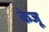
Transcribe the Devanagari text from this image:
केजू